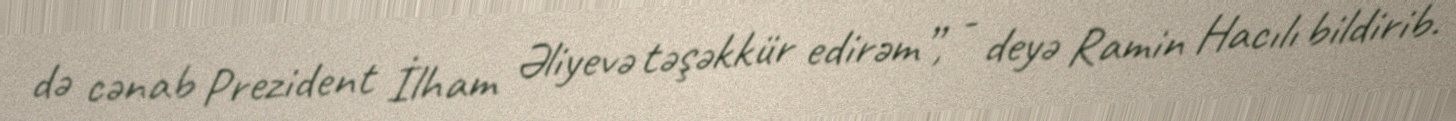
də cənab Prezident İlham Əliyevə təşəkkür edirəm”, - deyə Ramin Hacılı bildirib.